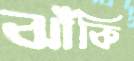
ঝাঁকি